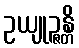
ဥယျုဉ္ဇန္တိ